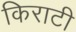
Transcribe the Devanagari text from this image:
किराटी